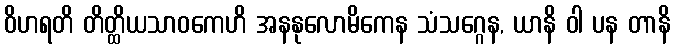
ဝိဟရတိ တိတ္ထိယသာဝကေဟိ အနနုလောမိကေန သံသဂ္ဂေန, ယာနိ ဝါ ပန တာနိ